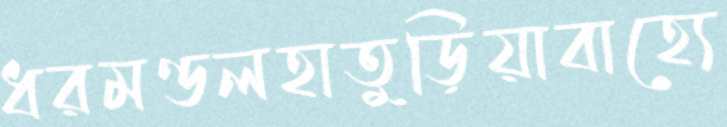
ধরমণ্ডলহাতুড়িয়াবাহ্যে